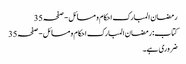
رمضان المبارک احکام و مسائل - صفحہ 35
کتاب: رمضان المبارک احکام و مسائل - صفحہ 35
ضروری ہے۔